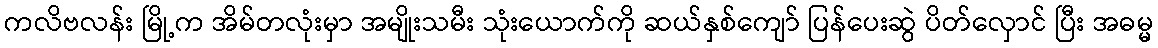
ကလိဗလန်း မြို့က အိမ်တလုံးမှာ အမျိုးသမီး သုံးယောက်ကို ဆယ်နှစ်ကျော် ပြန်ပေးဆွဲ ပိတ်လှောင် ပြီး အဓမ္မ